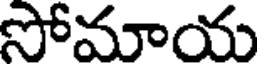
సోమాయ